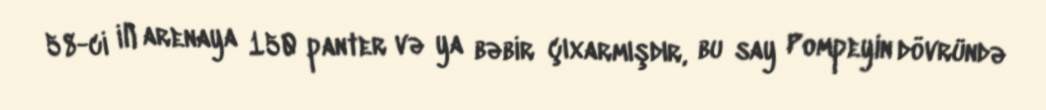
58-ci il) arenaya 150 panter və ya bəbir çıxarmışdır, bu say Pompeyin dövründə